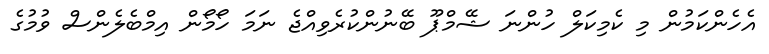
އެހެންކަމުން މި ކެމިކަލް ހުންނަ ޝޭމްޕޫ ބޭނުންކުރެވިއްޖެ ނަމަ ހޯމޯން އިމްބެލެންސް ވުމުގެ